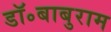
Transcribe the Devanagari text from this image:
डॉ॰बाबुराम